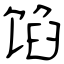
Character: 馅